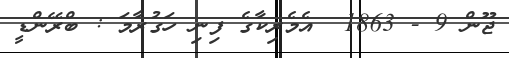
ޖޫން 9 - 1863  އެމެރިކާގެ ފިނި ހަގުރާމަ : ބްރޭންޑީ